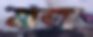
মজ